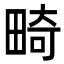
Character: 畸